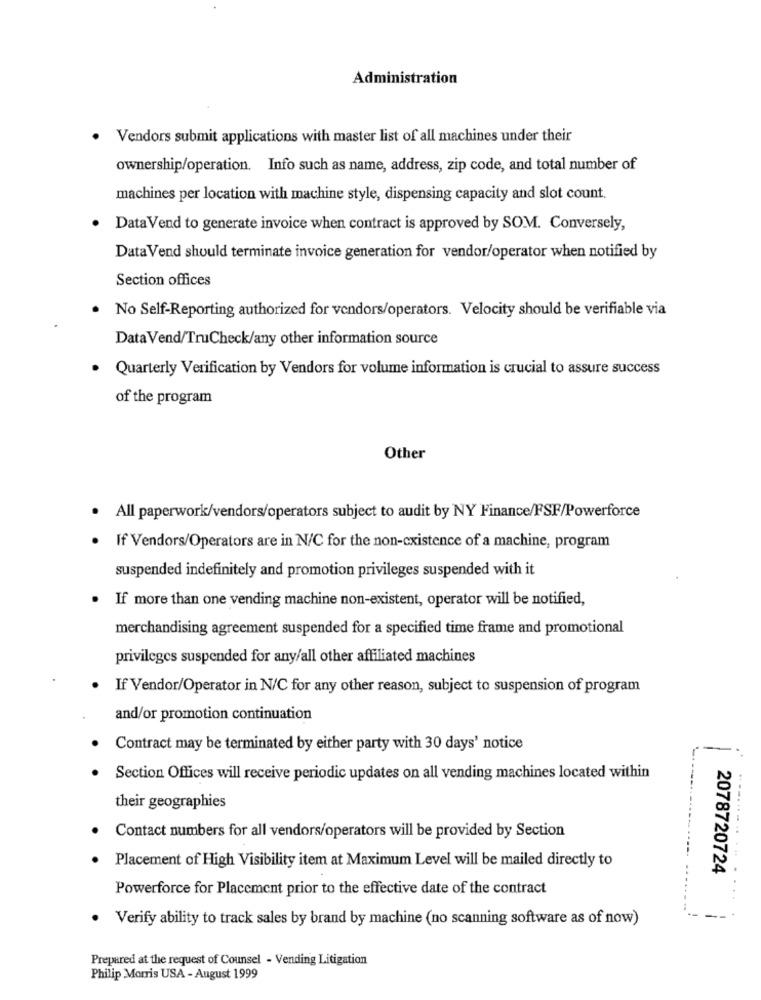
Administration
. Vendors submit applications with master list of all machines under their
ownership/operation. Info such as name, address, zip code, and total number of
machines per location with machine style, dispensing capacity and slot count.
Data Vend to generate invoice when contract is approved by SOM. Conversely,
Data Vend should terminate invoice generation for vendor/operator when notified by
Section offices
No Self-Reporting authorized for vendors/operators. Velocity should be verifiable via
Data Vend/TruCheck/any other information source
· Quarterly Verification by Vendors for volume information is crucial to assure success
of the program
Other
. All paperwork/vendors/operators subject to audit by NY Finance/FSF/Powerforce
· If Vendors/Operators are in N/C for the non-cxistence of a machine, program
suspended indefinitely and promotion privileges suspended with it
If more than one vending machine non-existent, operator will be notified,
merchandising agreement suspended for a specified time frame and promotional
privileges suspended for any/all other affiliated machines
· If Vendor/Operator in N/C for any other reason, subject to suspension of program
and/or promotion continuation
Contract may be terminated by either party with 30 days' notice
Section Offices will receive periodic updates on all vending machines located within
their geographies
Contact numbers for all vendors/operators will be provided by Section
· Placement of High Visibility item at Maximum Level will be mailed directly to
2078720724
Powerforce for Placement prior to the effective date of the contract
· Verify ability to track sales by brand by machine (no scanning software as of now)
Prepared at the request of Counsel - Vending Litigation
Philip Morris USA - August 1999